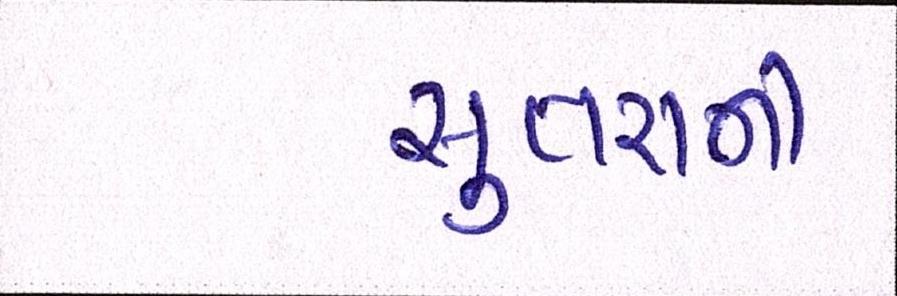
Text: સુતરાની